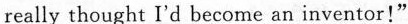
really thought I'd become an inventor!"